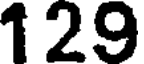
129